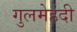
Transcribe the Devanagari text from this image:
गुलमेहंदी